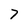
Character: 7